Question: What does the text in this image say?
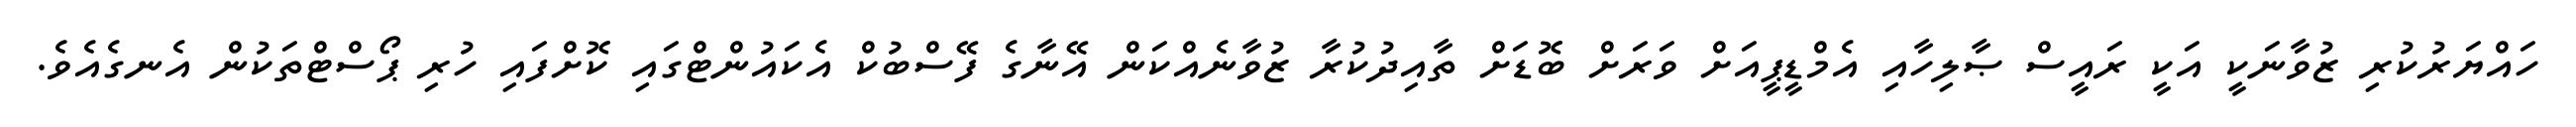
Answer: ހައްޔަރުކުރި ޒުވާނަކީ އަކީ ރައީސް ޞާލިހާއި އެމްޑީޕީއަށް ވަރަށް ބޮޑަށް ތާއިދުކުރާ ޒުވާނެއްކަން އޭނާގެ ފޭސްބުކް އެކައުންޓްގައި ކޮށްފައި ހުރި ޕޯސްޓްތަކުން އެނގެއެވެ.